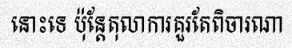
នោះទេ ប៉ុន្តែតុលាការគួរតែពិចារណា